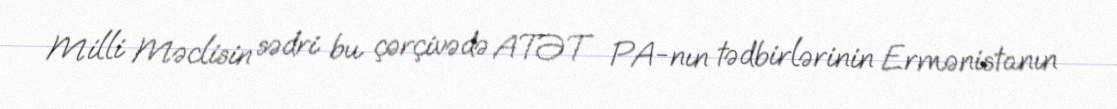
Milli Məclisin sədri bu çərçivədə ATƏT PA-nın tədbirlərinin Ermənistanın